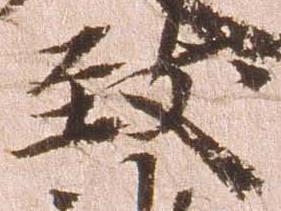
致